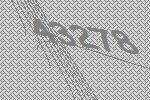
43278